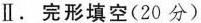
Ⅱ.完形填空(20 分)